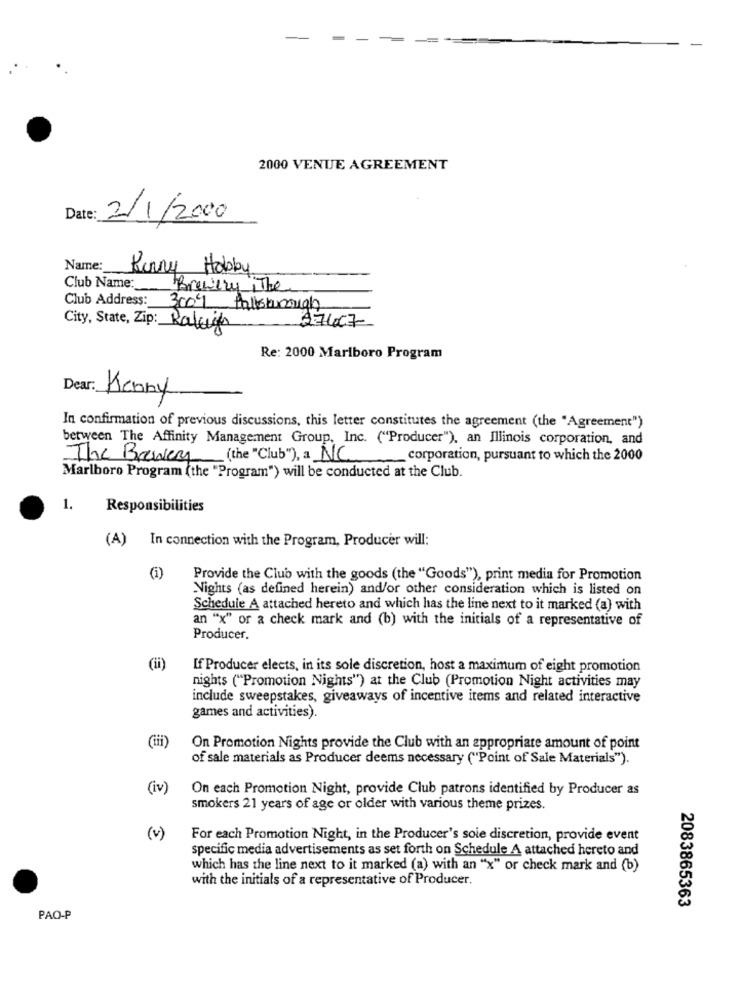
2000 VENUE AGREEMENT
Date:
2/1/2000
Name:
Kerry Hobby
Club Name:
Brewery The
Club Address: 3004 Palkohmnigh
City, State, Zip: Raleigh
A7407
Re: 2000 Marlboro Program
Dear: Menny
In confirmation of previous discussions, this letter constitutes the agreement (the "Agreement")
between The Affinity Management Group, Inc. ("Producer"), an Illinois corporation, and
The Brewery (the "Club"), a NC corporation, pursuant to which the 2000
Marlboro Program (the "Program") will be conducted at the Club.
1.
Responsibilities
(A) In connection with the Program, Producer will:
(i)
Provide the Club with the goods (the "Goods"), print media for Promotion
Nights (as defined herein) and/or other consideration which is listed on
Schedule A attached hereto and which has the line next to it marked (a) with
an "x" or a check mark and (b) with the initials of a representative of
Producer.
(ii)
If Producer elects, in its sole discretion, host a maximum of eight promotion
nights ("Promotion Nights") at the Club (Promotion Night activities may
include sweepstakes, giveaways of incentive items and related interactive
games and activities).
(iii)
On Promotion Nights provide the Club with an appropriate amount of point
of sale materials as Producer deems necessary ("Point of Sale Materials").
(iv)
On each Promotion Night, provide Club patrons identified by Producer as
smokers 21 years of age or older with various theme prizes.
(v)
For each Promotion Night, in the Producer's sole discretion, provide event
specific media advertisements as set forth on Schedule A attached hereto and
which has the line next to it marked (a) with an "x" or check mark and (b)
with the initials of a representative of Producer.
2083865363
PAO-P